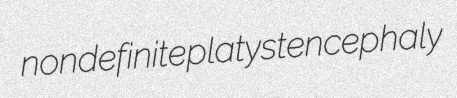
nondefinite platystencephaly